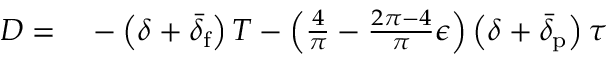
\begin{array} { r l } { D = } & { { } - \left( \delta + \bar { \delta } _ { \mathrm { f } } \right) T - \left( \frac { 4 } { \pi } - \frac { 2 \pi - 4 } { \pi } \epsilon \right) \left( \delta + \bar { \delta } _ { \mathrm { p } } \right) \tau } \end{array}